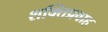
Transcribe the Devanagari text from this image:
शक्तिप्रवाह